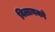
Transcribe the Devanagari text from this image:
विलायको